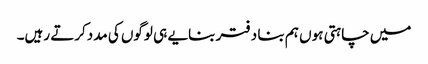
میں چاہتی ہوں ہم بنا دفتر بنایے ہی لوگوں کی مددکرتے رہیں۔